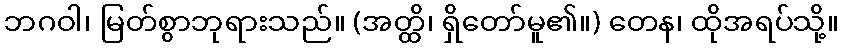
ဘဂဝါ၊ မြတ်စွာဘုရားသည်။ (အတ္ထိ၊ ရှိတော်မူ၏။) တေန၊ ထိုအရပ်သို့။